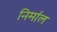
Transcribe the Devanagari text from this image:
निर्माल